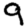
Digit: 9